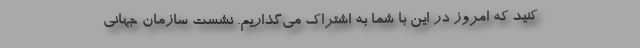
کنید که امروز در این با شما به اشتراک می‌گذاریم. نشست سازمان جهانی